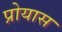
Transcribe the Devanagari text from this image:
प्रोयास